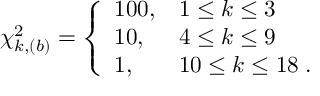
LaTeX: \chi _ { k , ( b ) } ^ { 2 } = \left\{ \begin{array} { l l l } { { 1 0 0 , } } & { { 1 \leq k \leq 3 } } \\ { { 1 0 , } } & { { 4 \leq k \leq 9 } } \\ { { 1 , } } & { { 1 0 \leq k \leq 1 8 \; . } } \end{array} \right.